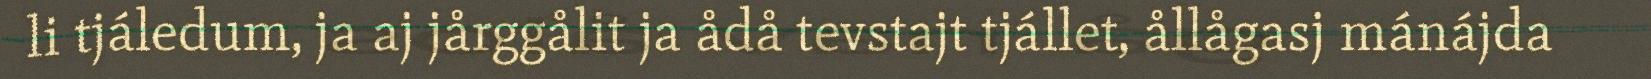
li tjáledum, ja aj jårggålit ja ådå tevstajt tjállet, ållågasj mánájda